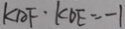
k _ { A F } \cdot k _ { D E } = - 1